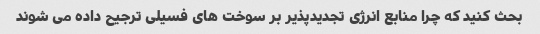
بحث کنید که چرا منابع انرژی تجدیدپذیر بر سوخت های فسیلی ترجیح داده می شوند